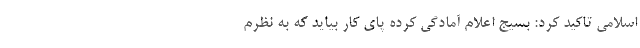
اسلامی تاکید کرد: بسیج اعلام آمادگی کرده پای کار بیاید که به نظرم